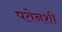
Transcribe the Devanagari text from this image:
पतेनशी